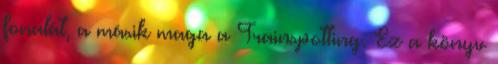
fonalát, a másik maga a Trainspotting. Ez a könyv